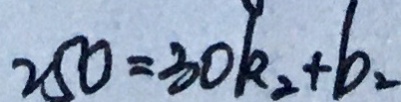
2 5 0 = 3 0 k _ { 2 } + b _ { 2 }